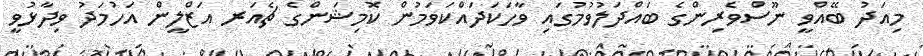
މިއަދު ބޭއްވީ ނޫސްވެރިންގެ ބައްދަލުވުމުގައި ވާހަކަދައްކަވަމުން ކޮމިޝަންގެ ޗެއަރ އަޒްލީން އަހުމަދު ވިދާޅުވީ